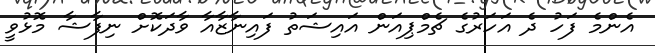
އެންމެ ފަހު ދެ އަހަރުގެ ޗެމްޕިއަން އައިޝަތު ފައިނާޒާއާ ވާދަކޮށް ނިފާޝާ މޮޅުވީ